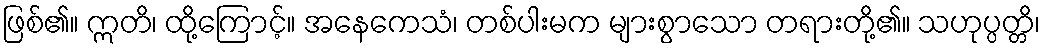
ဖြစ်၏။ ဣတိ၊ ထို့ကြောင့်။ အနေကေသံ၊ တစ်ပါးမက များစွာသော တရားတို့၏။ သဟုပ္ပတ္တိ၊